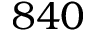
8 4 0